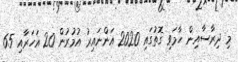
މި ދިރާސާއިން ހާމަވި ގޮތުގައި 2020 އަންނައިރު އުމުރުން 20 އަހަރާއި 65